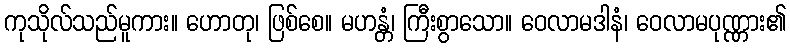
ကုသိုလ်သည်မူကား။ ဟောတု၊ ဖြစ်စေ။ မဟန္တံ၊ ကြီးစွာသော။ ဝေလာမဒါနံ၊ ဝေလာမပုဏ္ဏား၏